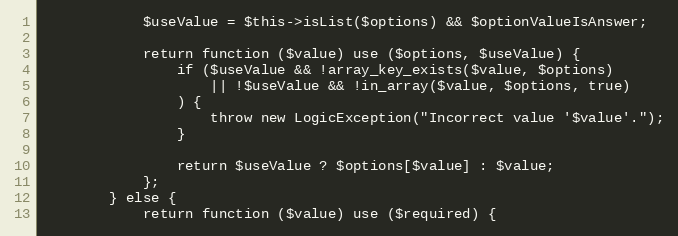
Language: PHP
            $useValue = $this->isList($options) && $optionValueIsAnswer;

            return function ($value) use ($options, $useValue) {
                if ($useValue && !array_key_exists($value, $options)
                    || !$useValue && !in_array($value, $options, true)
                ) {
                    throw new LogicException("Incorrect value '$value'.");
                }

                return $useValue ? $options[$value] : $value;
            };
        } else {
            return function ($value) use ($required) {